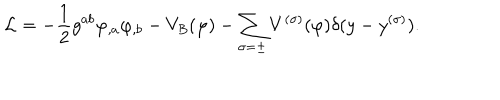
{ \cal L } = - { \frac { 1 } { 2 } } g ^ { a b } \varphi _ { , a } \varphi _ { , b } - V _ { B } ( \varphi ) - \sum _ { \sigma = \pm } V ^ { ( \sigma ) } ( \varphi ) \delta ( y - y ^ { ( \sigma ) } ) .